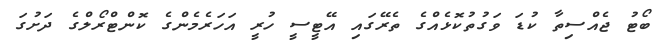
ބޯޓު ޖެއްސިތާ ކުޑަ ވަގުތުކޮޅެއްގެ ތެރޭގައި އޭޓީސީ ހުރީ އަހަރެމެންގެ ކޮންޓްރޯލްގެ ދަށުގަ